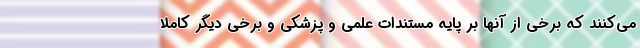
می‌کنند که برخی از آنها بر پایه مستندات علمی و پزشکی و برخی دیگر کاملا